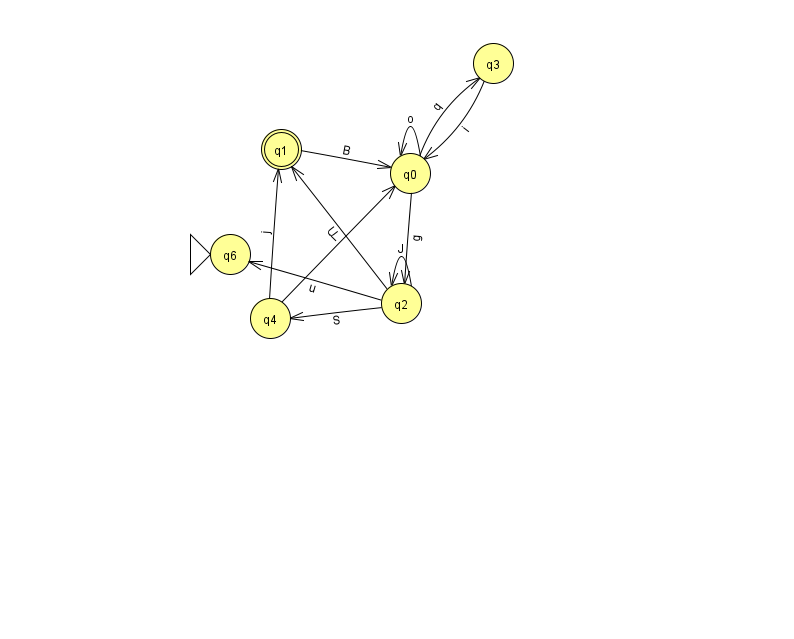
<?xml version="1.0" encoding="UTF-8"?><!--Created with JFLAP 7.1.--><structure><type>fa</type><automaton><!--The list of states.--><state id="0" name="q0"><x>410.0</x><y>160.0</y></state><state id="1" name="q1"><x>281.0</x><y>136.0</y><final/></state><state id="2" name="q2"><x>401.0</x><y>290.0</y></state><state id="3" name="q3"><x>493.0</x><y>50.0</y></state><state id="4" name="q4"><x>270.0</x><y>305.0</y></state><state id="6" name="q6"><x>230.0</x><y>241.0</y><initial/></state><!--The list of transitions.--><transition><from>2</from><to>1</to><read>U</read></transition><transition><from>4</from><to>0</to><read>i</read></transition><transition><from>0</from><to>3</to><read>q</read></transition><transition><from>4</from><to>1</to><read>j</read></transition><transition><from>0</from><to>2</to><read>g</read></transition><transition><from>1</from><to>0</to><read>B</read></transition><transition><from>2</from><to>4</to><read>S</read></transition><transition><from>2</from><to>2</to><read>J</read></transition><transition><from>2</from><to>6</to><read>u</read></transition><transition><from>3</from><to>0</to><read>i</read></transition><transition><from>0</from><to>0</to><read>o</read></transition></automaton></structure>